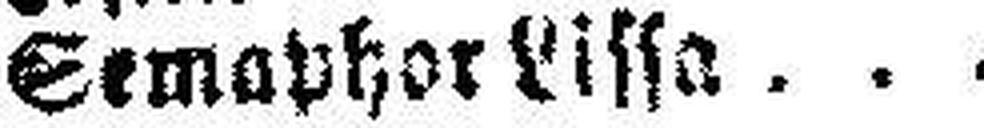
Semaphor Lissa